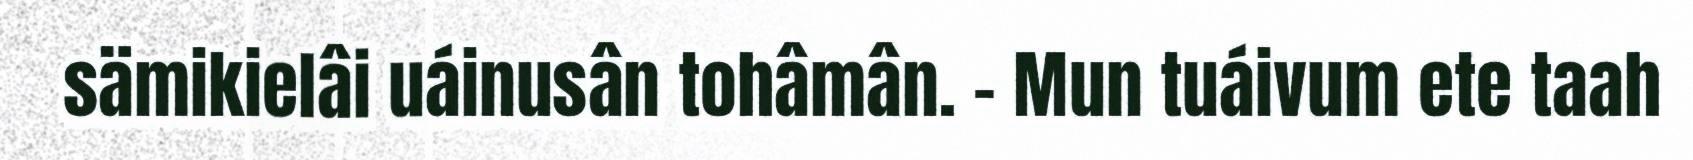
sämikielâi uáinusân tohâmân. – Mun tuáivum ete taah